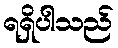
ရရှိပါသည်